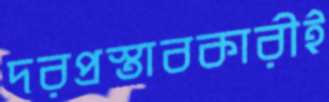
দরপ্রস্তাবকারীই